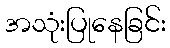
အသုံးပြုနေခြင်း